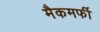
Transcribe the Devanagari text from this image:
मैकमर्फी